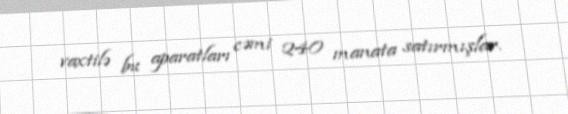
vaxtilə bu aparatları cəmi 240 manata satırmışlar.